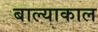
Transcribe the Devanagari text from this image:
बाल्याकाल